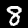
Label: 8